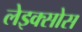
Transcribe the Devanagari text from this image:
लेइक्सोस